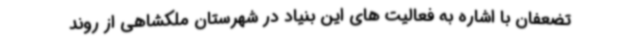
تضعفان با اشاره به فعالیت های این بنیاد در شهرستان ملکشاهی از روند